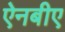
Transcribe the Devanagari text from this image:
ऐनबीए